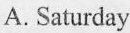
A.Saturday